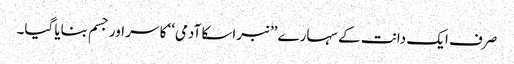
صرف ایک دانت کے سہارے ’’نبراسکا آدمی‘‘ کا سر اور جسم بنایا گیا۔